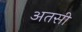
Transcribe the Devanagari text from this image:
अतसी